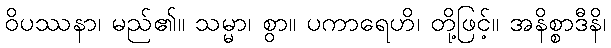
ဝိပဿနာ၊ မည်၏။ သမ္မာ၊ စွာ။ ပကာရေဟိ၊ တို့ဖြင့်။ အနိစ္စာဒီနိ၊